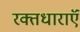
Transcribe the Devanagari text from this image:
रक्तधाराऍं